Vaccination in Bombay 1889-1901 - 1889-1901
Year: 1889
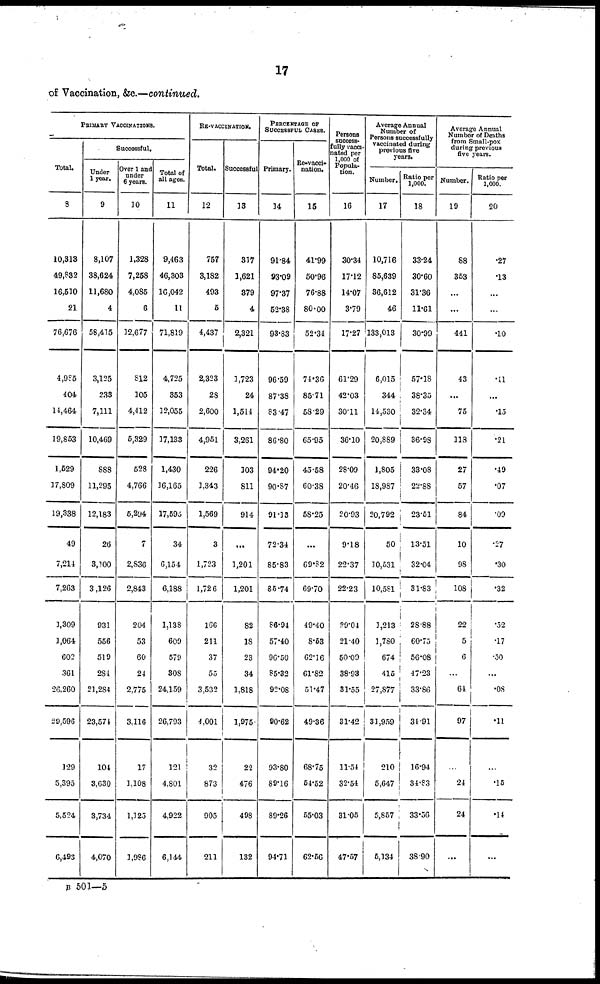
17
of Vaccination, &c.—continued.
PRIMARY VACCINATIONS.
Total.
8
10,313
49,832
16,510
21
76,676
4,985
404
14,464
19,853
1,529
17,809
19,338
49
7,214
7,263
1,309
1,064
602
361
26,260
29,596
129
5,395
5,524
6,493
Successful.
Under
1 year.
9
8,107
38,624
11,680
4
58,415
3,125
233
7,111
10,469
888
11,295
12,183
26
3,100
3,126
931
556
519
284
21,284
23,574
104
3,630
3,734
4,070
Over 1 and
under
6 years.
10
1,328
7,258
4,085
6
12,677
812
105
4,412
5,329
528
4,766
6,294
7
2,836
2,843
204
53
60
24
2,775
3,116
17
1,108
1,125
1,986
Total of
all ages.
11
9,463
46,303
16,042
11
71,819
4,725
353
12,055
17,133
1,430
16,165
17,595
34
6,154
6,188
1,138
609
579
308
24,159
26,793
121
4,801
4,922
6,144
RE-VACCINATION.
Total.
12
757
3,182
493
6
4,437
2,323
28
2,600
4,951
226
1,343
1,569
3
1,723
1,726
166
211
37
55
3,532
4,001
32
873
905
211
Successful
13
317
1,621
379
4
2,321
1,723
24
1,514
3,261
103
811
914
...
1,201
1,201
82
18
23
34
1,818
1,975
22
476
498
132
PERCENTAGE OF
SUCCESSFUL CASES.
Primary.
14
91.84
93.09
97.37
52.38
93.83
96.59
87.38
83.47
86.80
94.20
90.87
91.13
72.34
85.83
86.74
86.94
57.40
96.50
85.32
92.08
90.62
93.80
89.16
89.26
94.71
Re-vacci¬
nation.
15
41.99
50.96
76.88
80.00
52.34
74.36
85.71
58.29
65.95
45.58
60.38
58.25
...
69.82
69.70
49.40
8.63
62.16
61.82
51.47
49.36
68.75
54.52
55.03
62.66
Persons
success-
fully vacci-
nated per
1,000 of
Popula-
tion.
16
30.34
17.12
14.07
3.79
17.27
61.29
42.03
30.11
36.10
28.09
20.46
20.93
9.18
22.37
22.23
29.04
21.40
50.09
38.93
31.55
31.42
11.54
32.54
31.05
47.57
Average Annual
Number of
Persons successfully
vaccinated during
previous five
years.
Number.
17
10,716
85,639
36,612
46
133,013
6,015
344
14,530
20,889
1,805
18,987
20,792
50
10,531
10,581
1,213
1,780
674
415
27,877
31,959
210
5,647
5,857
5,134
Ratio per
1,000.
18
33.24
30.60
31.36
11.61
30.99
57.18
38.35
32.34
36.98
33.08
22.88
23.51
13.51
32.04
31.83
28.88
60.75
56.08
47.23
33.86
34.91
16.94
34.83
33.56
38.90
Average Annual
Number of Deaths
from Small-pox
during previous
five years.
Number.
19
88
353
...
...
441
43
...
75
118
27
57
84
10
98
108
22
5
6
...
64
97
...
24
24
...
Ratio per
1,000.
20
.27
.13
...
...
.10
.41
...
.15
.21
.49
.07
.09
.27
.30
.32
.52
.17
.50
...
.08
.11
...
.15
.14
...
B 501—5